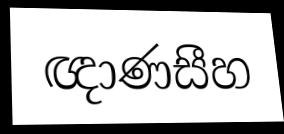
ඥාණසීහ